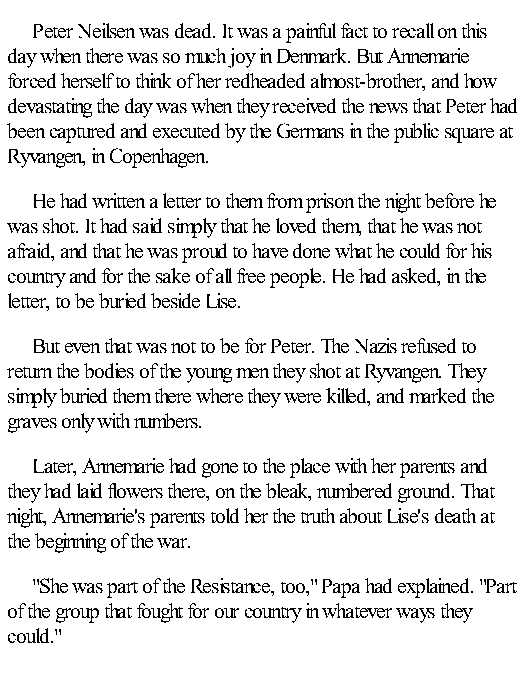
Peter Neilsen was dead. It was a painful fact to recall on this
 day when there was so much joy in Denmark. But Annemarie
 forced herself to think of her redheaded almost-brother, and how
 devastating the day was when they received the news that Peter had
 been captured and executed by the Germans in the public square at
 Ryvangen, in Copenhagen.
 He had written a letter to them from prison the night before he
 was shot. It had said simply that he loved them, that he was not
 afraid, and that he was proud to have done what he could for his
 country and for the sake of all free people. He had asked, in the
 letter, to be buried beside Lise.
 But even that was not to be for Peter. The Nazis refused to
 return the bodies of the young men they shot at Ryvangen. They
 simply buried them there where they were killed, and marked the
 graves only with numbers.
 Later, Annemarie had gone to the place with her parents and
 they had laid flowers there, on the bleak, numbered ground. That
 night, Annemarie's parents told her the truth about Lise's death at
 the beginning of the war.
 "She was part of the Resistance, too," Papa had explained. "Part
 of the group that fought for our country in whatever ways they
 could."